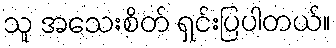
သူ အသေးစိတ် ရှင်းပြပါတယ်။